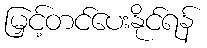
မြှင့်တင်ပေးနိုင်ရန်